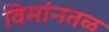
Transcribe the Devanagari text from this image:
विमांनतळ